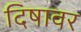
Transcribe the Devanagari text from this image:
दिषावर